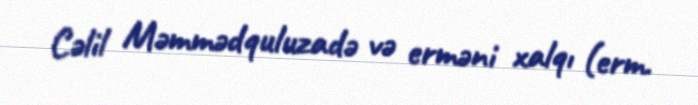
Cəlil Məmmədquluzadə və erməni xalqı (erm.